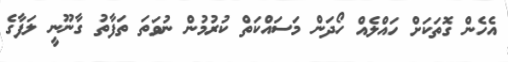
އެހެން ގޮތަކަށް ހައްލެއް ހޯދަން މަަސައްކަތް ކުރުމުން ނުވަތަ ތަފާތު ގާނޫނީ ލަފާގެ